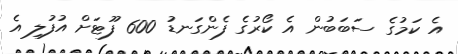
އެ ކަމުގެ ސަބަބުން އެ ކޯރުގެ ފެންގަނޑު 600 ފޫޓަށް އުފުލި އެ